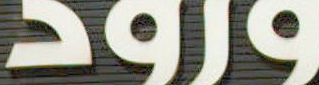
ورود